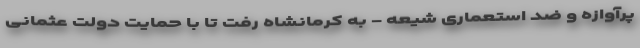
پرآوازه و ضد استعماری شیعه - به کرمانشاه رفت تا با حمایت دولت عثمانی